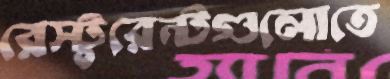
রেস্টুরেন্টগুলোতে